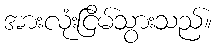
အားလုံးငြိမ်သွားသည်။